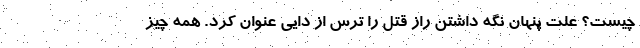
چیست؟ علت پنهان نگه داشتن راز قتل را ترس از دایی عنوان کرد. همه چیز